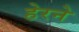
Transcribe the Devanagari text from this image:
हेरने